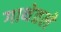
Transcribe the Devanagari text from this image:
गाथेतले